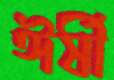
ঈর্ষী